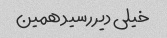
خیلی دیر رسید همین